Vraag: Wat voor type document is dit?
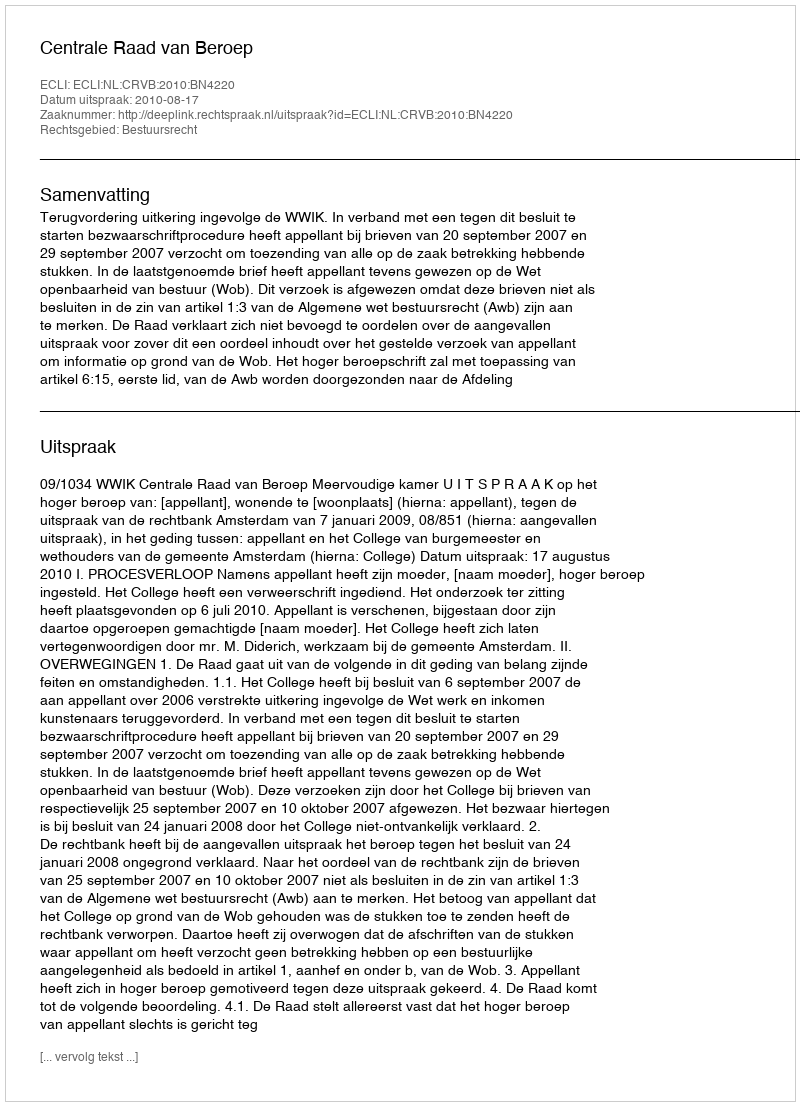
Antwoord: Uitspraak